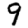
Digit: 9